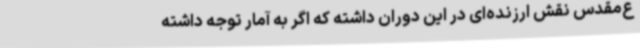
ع‌مقدس نقش ارزنده‌ای در این دوران داشته که اگر به آمار توجه داشته